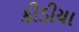
કીડીયા